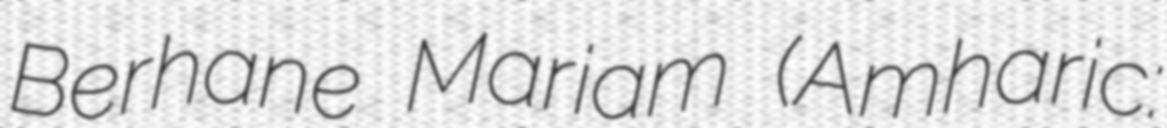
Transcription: Berhane Mariam (Amharic: